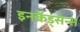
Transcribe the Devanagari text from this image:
इनकेंड्सेन्स